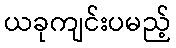
ယခုကျင်းပမည့်